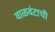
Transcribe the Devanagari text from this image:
वाळवंटाची